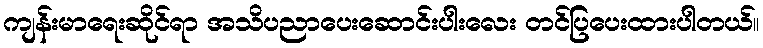
ကျန်းမာရေးဆိုင်ရာ အသိပညာပေးဆောင်းပါးလေး တင်ပြပေးထားပါတယ်။